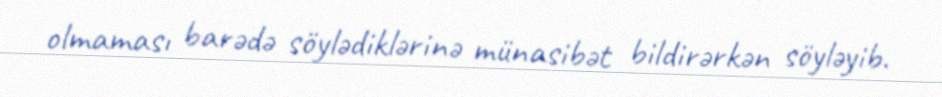
olmaması barədə söylədiklərinə münasibət bildirərkən söyləyib.